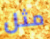
مثل